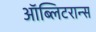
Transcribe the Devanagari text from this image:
ऑब्लिटरान्स